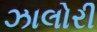
ઝાલોરી